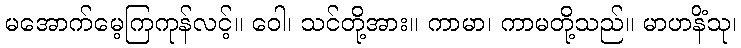
မအောက်မေ့ကြကုန်လင့်။ ဝေါ၊ သင်တို့အား။ ကာမာ၊ ကာမတို့သည်။ မာဟနိံသု၊